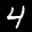
Label: 4